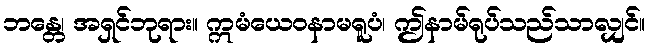
ဘန္တေ၊ အရှင်ဘုရား။ ဣမံယေဝနာမရူပံ၊ ဤနာမ်ရုပ်သည်သာလျှင်။